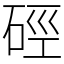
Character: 硜